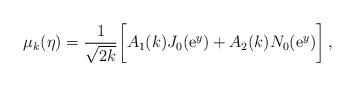
LaTeX: \begin{align*}\mu _k(\eta )=\frac{1}{\sqrt{2k}}\biggl[A_1(k)J_0({\rm e}^y)+A_2(k)N_0({\rm e}^y)\biggr]\, ,\end{align*}